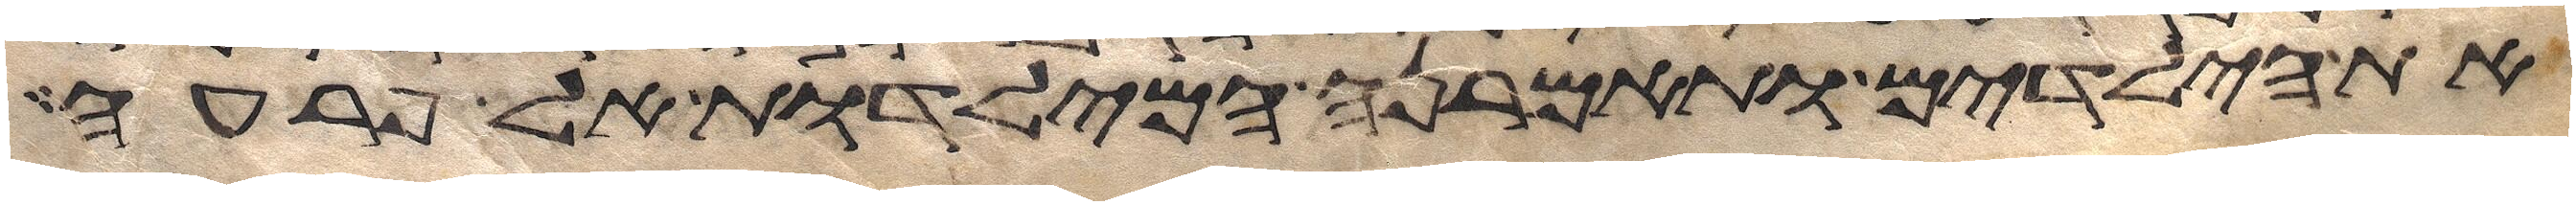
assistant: את הילדים ותאמרנה המילדות אל פרעה